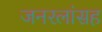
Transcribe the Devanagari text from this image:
जनरलांसह